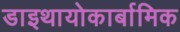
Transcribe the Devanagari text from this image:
डाइथायोकार्बामिक